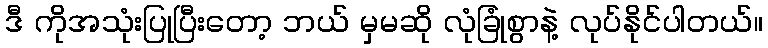
ဒီ ကိုအသုံးပြုပြီးတော့ ဘယ် မှမဆို လုံခြုံစွာနဲ့ လုပ်နိုင်ပါတယ်။